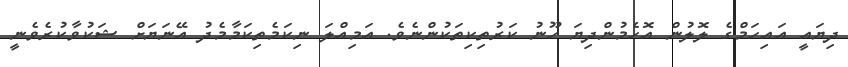
ދިޔައީ އައިހަމްގެ ލޮލުން އޮހެމުންދިޔަ ހޫނު ކަރުތިކިތަކުންނެވެ. އަމިއްލަ ނިކަމެތިކަމާމެދު އޭނަޔަށް ޝަކުވާކުރެވެނީ